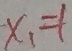
x _ { 1 } = 1